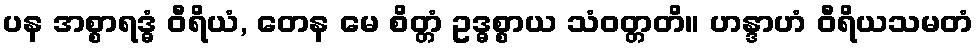
ပန အစ္စာရဒ္ဓံ ဝီရိယံ, တေန မေ စိတ္တံ ဥဒ္ဓစ္စာယ သံဝတ္တတိ။ ဟန္ဒာဟံ ဝီရိယသမတံ